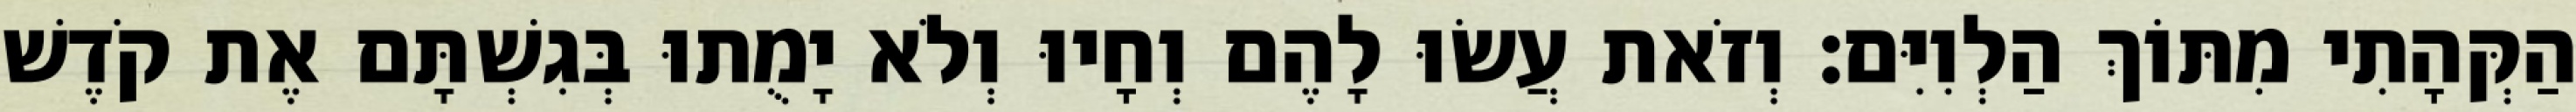
הַקְּהָתִי מִתּוֹךְ הַלְוִיִּם׃ וְזֹאת עֲשׂוּ לָהֶם וְחָיוּ וְלֹא יָמֻתוּ בְּגִשְׁתָּם אֶת קֹדֶשׁ